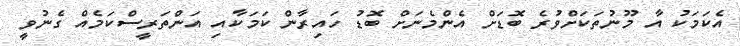
އެކަމަކު އާ މޫނުތަކަށްވުރެ ބޮޑަށް އެންމެނަށް ބޮޑު ހައިރާން ކަމަކާއި އަންތަރީސްކަމެއް ގެނުވީ